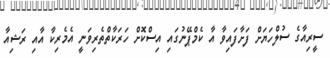
ސީރިއާގެ ސުލްހަޔަށް ފަށާފައިވާ އާ ކެމްޕޭނުގައި އިސްކޮށް ހަރަކާތްތެރިވަނީ އެމެރިކާ އާއި ރަޝިއާ